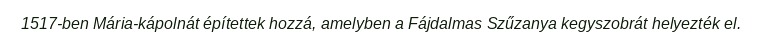
1517-ben Mária-kápolnát építettek hozzá, amelyben a Fájdalmas Szűzanya kegyszobrát helyezték el.